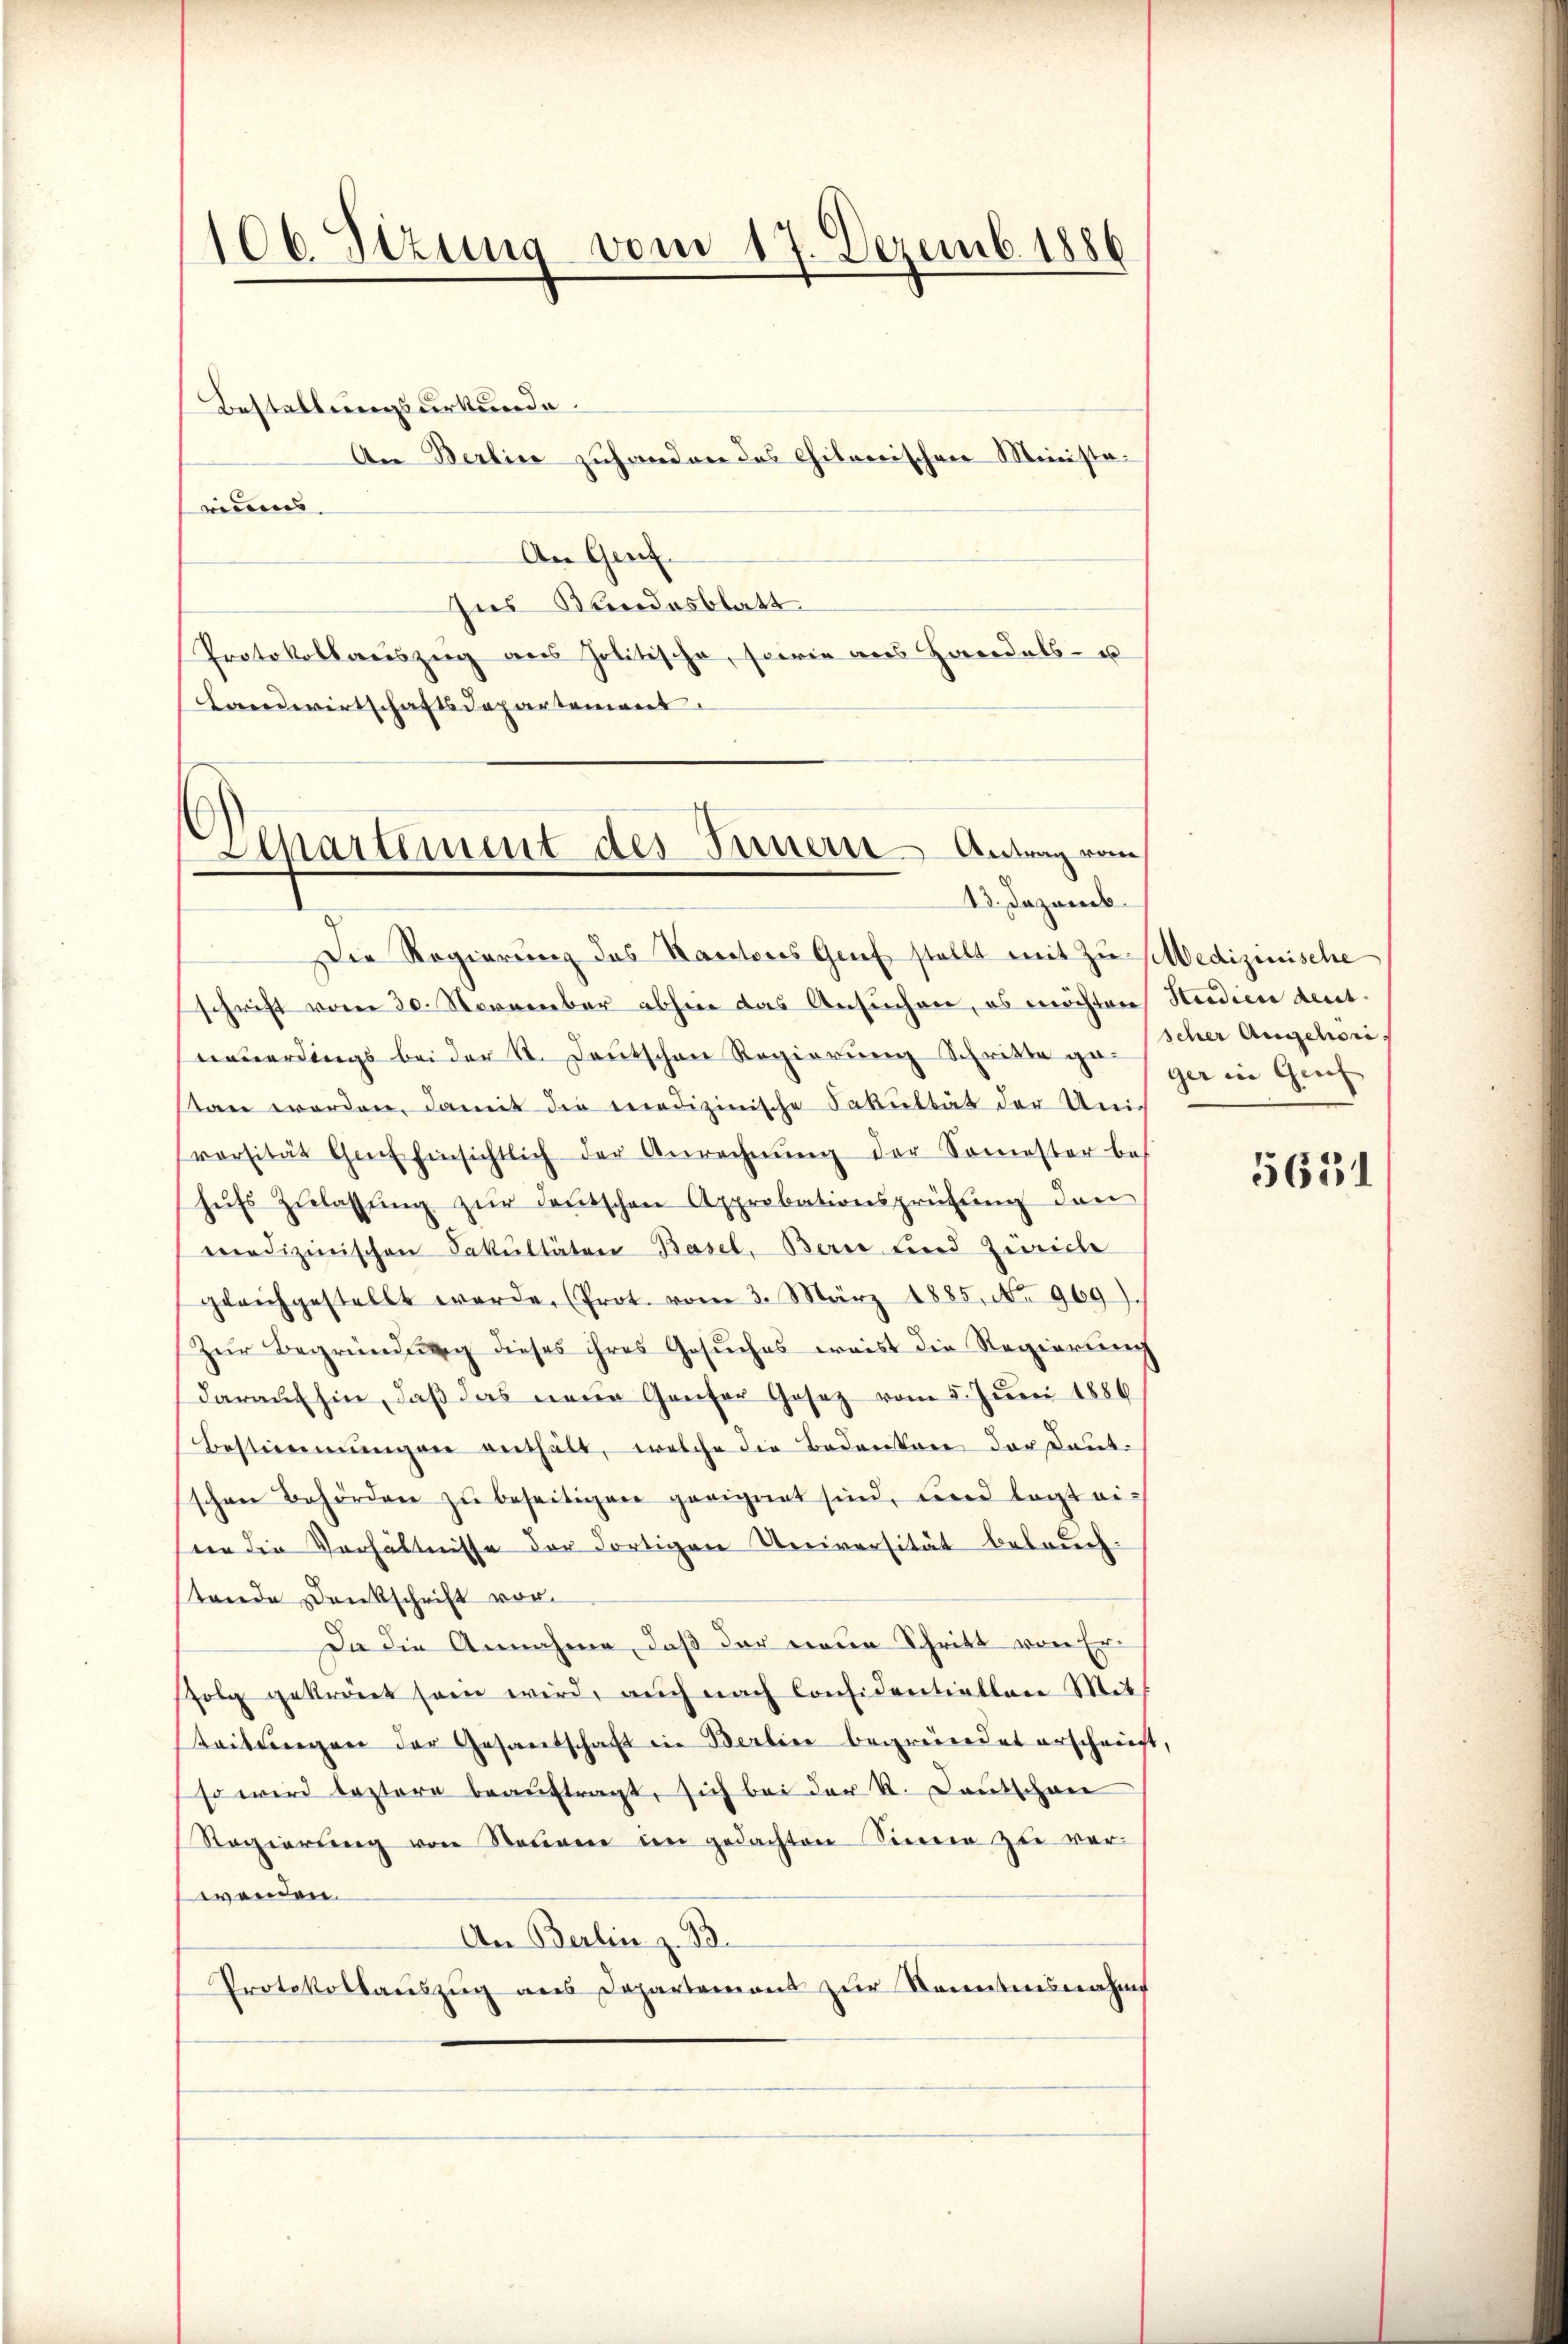
106. Sizung vom 17. Dezemb. 1886

Bestellungsurkunde.
riuens
An Genf.
Aus Kundesblatt
Protokollauszug aus Politische, sowie aus Handels- u
Landwirtschaftsdepartement.

Die Regierung des Kantons Genf stellt mit zu sibedizinische
schrift vom 30. November abhin das Ansuchen, es möchten Studien deutneuerdings bei der St. Deutschen Regierung Schritte ge. Scher Angehöritan worden, damit die medizinische Fakultät der Uni-
versität Genf hinsichtlich der Anrechnŭng der Somester be-
hŭfs Zŭlassŭng zŭr deutschen Approbationsprüfŭng den
medizinischen Fakultäten Basel, Bern und Zürich
gleichgestellt werde, (Prot. vom 3. März 1885. No. 969).
Zŭr Begründŭng dieses ihres Gesŭches weist die Regierŭng
darauf hin, daß das neue Genfer Gesez vom 5. Juni 1886
Bestimmungen enthält, welche die Bedenken der Dautschen Behörden zu beseitigen geeignet sind, und legt eifür die Verhältnisse der Fortigen Universität beleuch-
tende Dankschrift vor.
Da die Annahme, daß der einen Schritt von Erfolg gekret sein wird, auch nach Considentiaten Mit
keitlangen der Gesandschaft in Berline begründet erscheint,
so wird leztere beaŭftragt, sich bei der K. Deutschen
Regierung von Stativen im gedachten Sinnen zu ver-
wenden.
An Berlin z. B.
Protokollauszug aus Departement zur Kenntnisnahme

An Berlin zuhanden das Chitonischen Minista¬

)
Separtement des Innern Antrag vom
13. Dezemb.

ger in Genf

5631